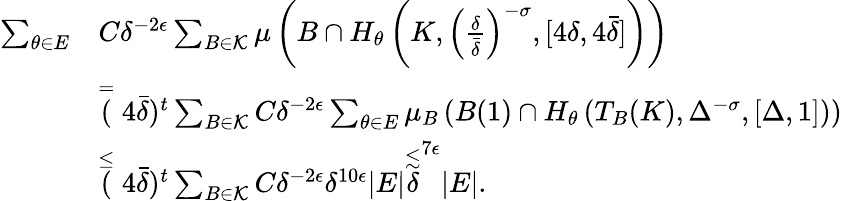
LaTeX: \begin{array}{rl}{\sum_{\theta\in E}}&{C\delta^{-2\epsilon}\sum_{B\in\mathcal{K}}\mu\left(B\cap H_{\theta}\left(K,\left(\frac{\delta}{\bar{\delta}}\right)^{-\sigma},[4\delta,4\bar{\delta}]\right)\right)}\\ &{\stackrel{=}(4\bar{\delta})^{t}\sum_{B\in\mathcal{K}}C\delta^{-2\epsilon}\sum_{\theta\in E}\mu_{B}\left(B(1)\cap H_{\theta}\left(T_{B}(K),\Delta^{-\sigma},[\Delta,1]\right)\right)}\\ &{\stackrel{\leq}(4\bar{\delta})^{t}\sum_{B\in\mathcal{K}}C\delta^{-2\epsilon}\delta^{10\epsilon}|E|\stackrel{\lesssim}\delta^{7\epsilon}|E|.}\end{array}